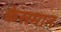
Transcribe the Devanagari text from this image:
केसमान